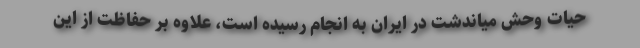
حیات وحش میاندشت در ایران به انجام رسیده است، علاوه بر حفاظت از این